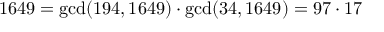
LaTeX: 1 6 4 9 = \operatorname* { g c d } ( 1 9 4 , 1 6 4 9 ) \cdot \operatorname* { g c d } ( 3 4 , 1 6 4 9 ) = 9 7 \cdot 1 7